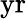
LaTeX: \mathrm{yr}